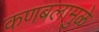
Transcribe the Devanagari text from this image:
कणबलामुळे